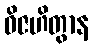
ဝိဇဟိတွာန